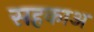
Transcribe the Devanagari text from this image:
सहकाअ